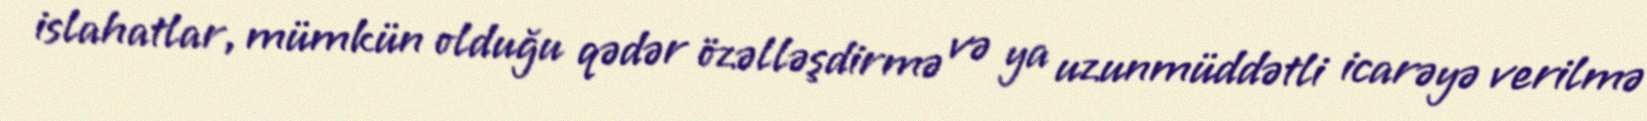
islahatlar, mümkün olduğu qədər özəlləşdirmə və ya uzunmüddətli icarəyə verilmə